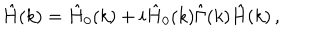
LaTeX: \hat { H } ( k ) = \hat { H } _ { 0 } ( k ) + i \hat { H } _ { 0 } ( k ) \hat { \Gamma } ( k ) \hat { H } ( k ) \, ,